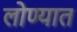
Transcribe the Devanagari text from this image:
लोण्यात